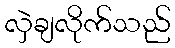
လှဲချလိုက်သည်